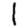
Digit: 1